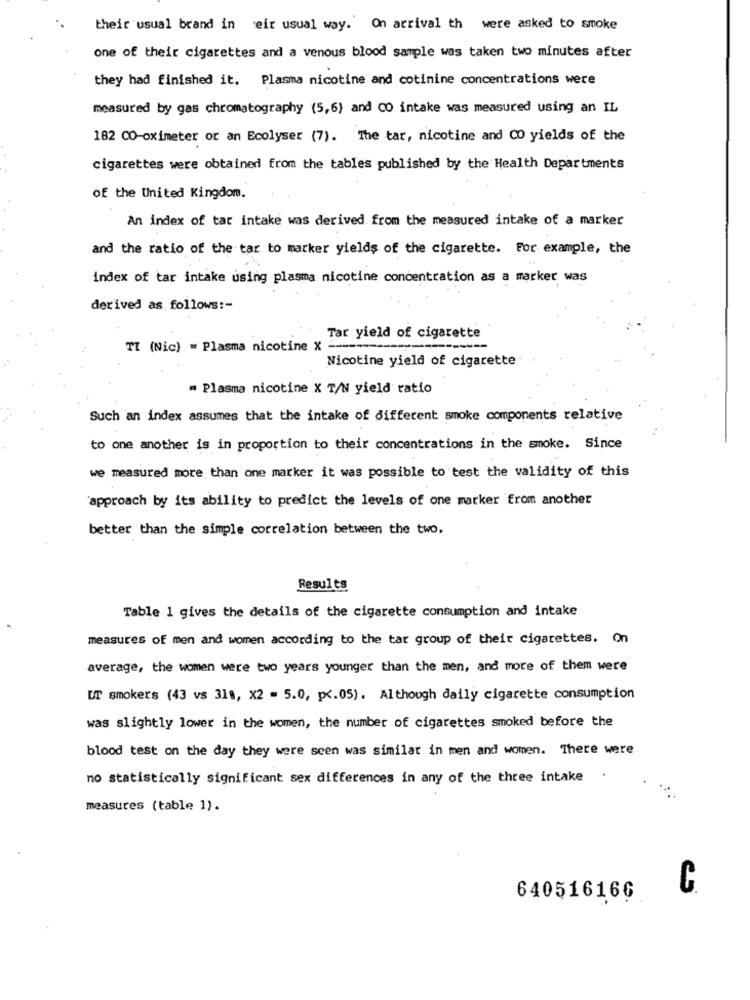
their usual brand in eir usual way. On arrival th were asked to smoke
one of their cigarettes and a venous blood sample was taken two minutes after
they had finished it. Plasma nicotine and cotinine concentrations were
measured by gas chromatography (5,6) and CO intake was measured using an IL
182 CO-oximeter or an Ecolyser (7). The tar, nicotine and CO yields of the
cigarettes were obtained from the tables published by the Health Departments
of the United Kingdom.
An index of tar intake was derived from the measured intake of a marker
and the ratio of the tar to marker yields of the cigarette. For example, the
index of tar intake using plasma nicotine concentration as a marker was
derived as follows :-
Tar yield of cigarette
TI (Nic) = Plasma nicotine X --
Nicotine yield of cigarette
= Plasma nicotine X T/N yield ratio
Such an index assumes that the intake of different smoke components relative
to one another is in proportion to their concentrations in the smoke. Since
we measured more than one marker it was possible to test the validity of this
'approach by its ability to predict the levels of one marker from another
better than the simple correlation between the two,
Results
Table 1 gives the details of the cigarette consumption and intake
measures of men and women according to the tar group of their cigarettes. On
average, the women were two years younger than the men, and more of them were
UT smokers (43 vs 318, X2 = 5.0, p <. 05). Although daily cigarette consumption
was slightly lower in the women, the number of cigarettes smoked before the
blood test on the day they were seen was similar in men and women. There were
no statistically significant sex differences in any of the three intake
.
measures (table 1).
C
640516166